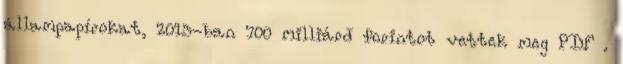
állampapírokat, 2013-ban 700 milliárd forintot vettek meg PDF .